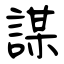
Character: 謀